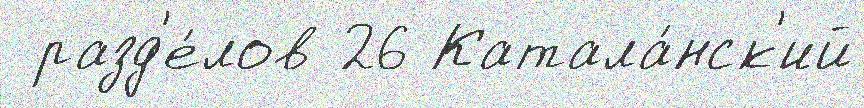
 разд'е́лов 26 Катала́нск'ий